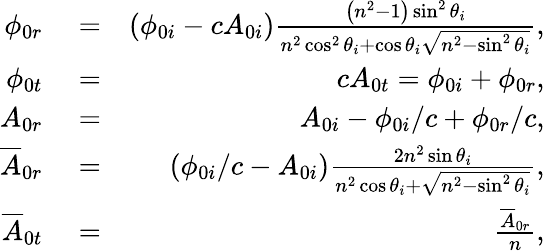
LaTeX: \begin{array}{rlr}{\phi_{0r}}&{{}=}&{\left(\phi_{0i}-cA_{0i}\right)\frac{\left(n^{2}-1\right)\sin^{2}\theta_{i}}{n^{2}\cos^{2}\theta_{i}+\cos\theta_{i}\sqrt{n^{2}-\sin^{2}\theta_{i}}},}\\ {\phi_{0t}}&{{}=}&{cA_{0t}=\phi_{0i}+\phi_{0r},}\\ {A_{0r}}&{{}=}&{A_{0i}-\phi_{0i}/c+\phi_{0r}/c,}\\ {\overline{{A}}_{0r}}&{{}=}&{\left(\phi_{0i}/c-A_{0i}\right)\frac{2n^{2}\sin\theta_{i}}{n^{2}\cos\theta_{i}+\sqrt{n^{2}-\sin^{2}\theta_{i}}},}\\ {\overline{{A}}_{0t}}&{{}=}&{\frac{\overline{{A}}_{0r}}{n},}\end{array}